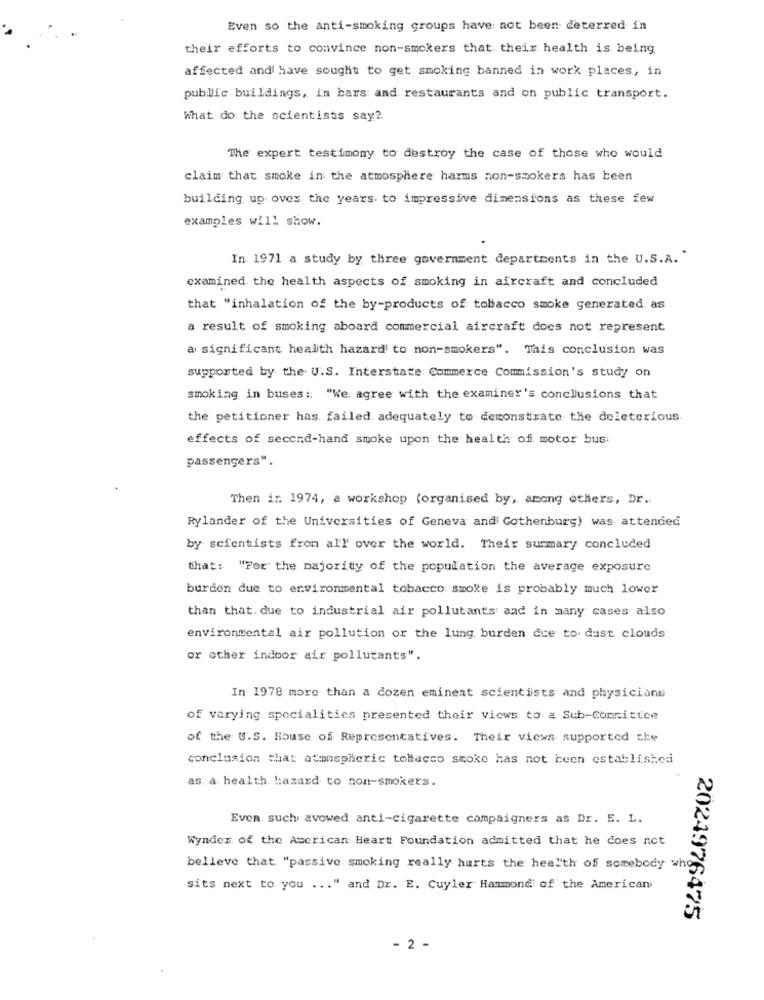
Even so the anti-smoking groups have not been deterred in
their efforts to convince non-smokers that their health is being.
affected and have sought to get smoking banned in work places, in
public buildings, in bars and restaurants and on public transport.
What do the scientists say?
The expert testimony to destroy the case of those who would
claim that smoke in the atmosphere harms non-smokers has been
building up over the years to impressive dimensions as these few
examples will show.
In 1971 a study by three government departments in the U.S.A."
examined. the health aspects of smoking in aircraft and concluded
that "inhalation of the by-products of tobacco smoke generated. as
a result of smoking aboard commercial aircraft does not represent
a significant health hazard to non-smokers". This conclusion was
supported by the U.S. Interstate Commerce Commission's study on
smoking in buses :: "We: agree with the examiner's conclusions that
the petitioner has failed. adequately to demonstrate the deleterious
effects of second-hand smoke upon the health of motor bus
passengers".
Then i :: 1974, a workshop (organised by, among others, Dr.
Rylander of the Universities of Geneva and Gothenburg) was attended
by scientists from all over the world. Their summary concluded
that: "For the majority of the population the average exposure
burden due to environmental tobacco smoke is probably much lower
than that. due to industrial air pollutants and in many cases also
environmental air pollution or the lung, burden due to dust clouds
or other indoor air pollutants".
In 1978 more than a dozen eminent scientists and physicians
of varying specialities presented their views to a Sub-Committee
of the U.S. House of Representatives. Their views supported che
conclusion that atmospheric tobacco smoke has not been established
as. a. health. hazard to non-smokers.
Even such avowed anti-cigarette campaigners as Dr. E. L.
Wynder of the American Heart Foundation admitted that he does not
believe that "passive smoking really hurts the health of somebody who
sits next to you ... " and Dr. E. Cuyler Hammond of the American
2024976475
- 2 -